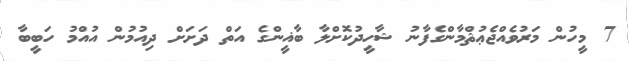
7 މީހުން މަރުވެއްޖެޢުޘްމާންގެފާނު ޝާހީދުކޮށްލާ ބާޣީންގެ އަތް ދަށަށް ދިއުމުން އުއްމު ހަބީބާ